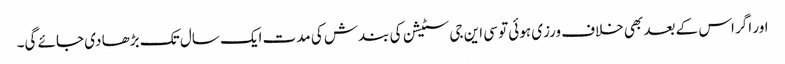
اور اگر اس کے بعد بھی خلاف ورزی ہوئی تو سی این جی سٹیشن کی بندش کی مدت ایک سال تک بڑھا دی جائے گی۔